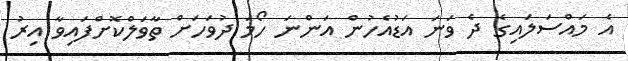
އެ މައްސަލައިގެ ދެ ވަނަ އަޑުއެހުން އަންނަ ހޯމަ ދުވަހަށް ތާވަލްކޮށްފައިވާ އިރު